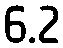
6.2